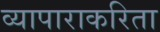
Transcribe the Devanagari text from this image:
व्यापाराकरिता